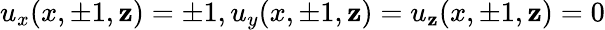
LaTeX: u_{x}(x,\pm1,\mathbf{z})=\pm1,u_{y}(x,\pm1,\mathbf{z})=u_{\mathbf{z}}(x,\pm1,\mathbf{z})=0